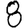
Digit: 8